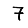
Digit: 7